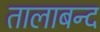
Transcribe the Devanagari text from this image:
तालाबन्द